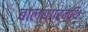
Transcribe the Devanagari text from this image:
बाल्यग्रन्थि